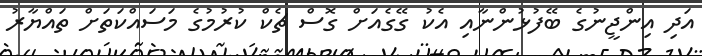
އަދި އިންޖީނުގެ ބޭފުޅުންނާއި އެކު ގޭގެއަށް ގޮސް ޗެކް ކުރުމުގެ މަސައްކަތަށް ތައްޔާރު